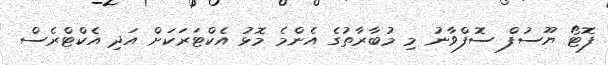
ފޮޓޯ ޔޫސުފް ސޮފްވާނު މި މުބާރާތުގެ އެންމެ މޮޅު އެކްޓަރަކަށް އަދި އެކްޓްރެސް